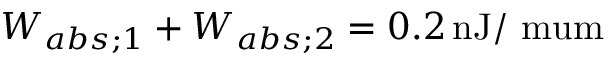
W _ { a b s ; 1 } + W _ { a b s ; 2 } = 0 . 2 \, \mathrm { n J / \ m u m }